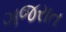
ગજરાત